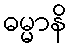
ဓမ္မာနိ